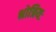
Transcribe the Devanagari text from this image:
श्रोत्रियः